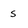
Character: s